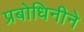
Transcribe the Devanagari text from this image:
प्रबोधिनीने